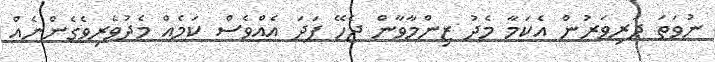
ނުވަތަ ދަރިވަރުން އެކަމާ މެދު ޒިންމާވާން ޖެހޭ ފަދަ އެއްވެސް ކަމެއް މެދުވެރިވެގެންނެއް